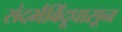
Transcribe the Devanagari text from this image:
संदर्भबिंदूपासून